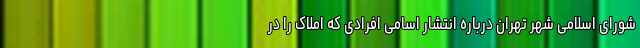
شورای اسلامی شهر تهران درباره انتشار اسامی افرادی که املاک را در